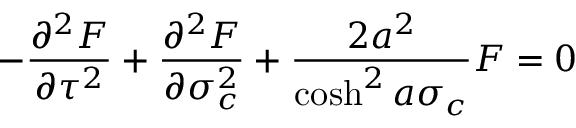
- \frac { { \partial } ^ { 2 } F } { { \partial } \tau ^ { 2 } } + \frac { { \partial } ^ { 2 } F } { { \partial } \sigma _ { c } ^ { 2 } } + \frac { 2 a ^ { 2 } } { \cosh ^ { 2 } a \sigma _ { c } } F = 0